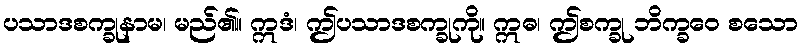
ပသာဒစက္ခုနာမ၊ မည်၏။ ဣဒံ၊ ဤပသာဒစက္ခုကို။ ဣဓ၊ ဤစက္ခု ဘိက္ခဝေ စသော